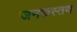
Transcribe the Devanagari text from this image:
जनकस्तथा